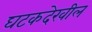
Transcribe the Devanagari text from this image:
घटकदेखील